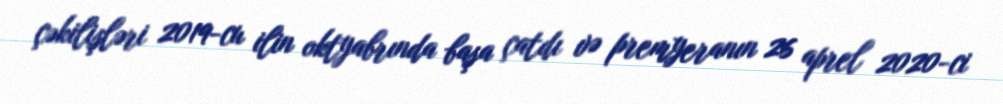
çəkilişləri 2019-cu ilin oktyabrında başa çatdı və premyeranın 26 aprel 2020-ci